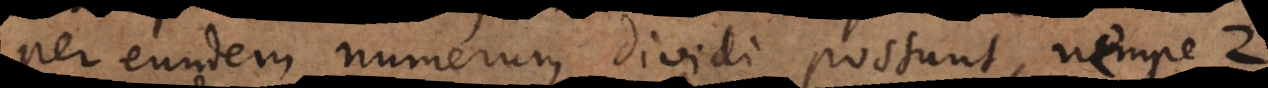
per eundem numerum dividi possunt, nempe 2.